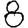
Digit: 8